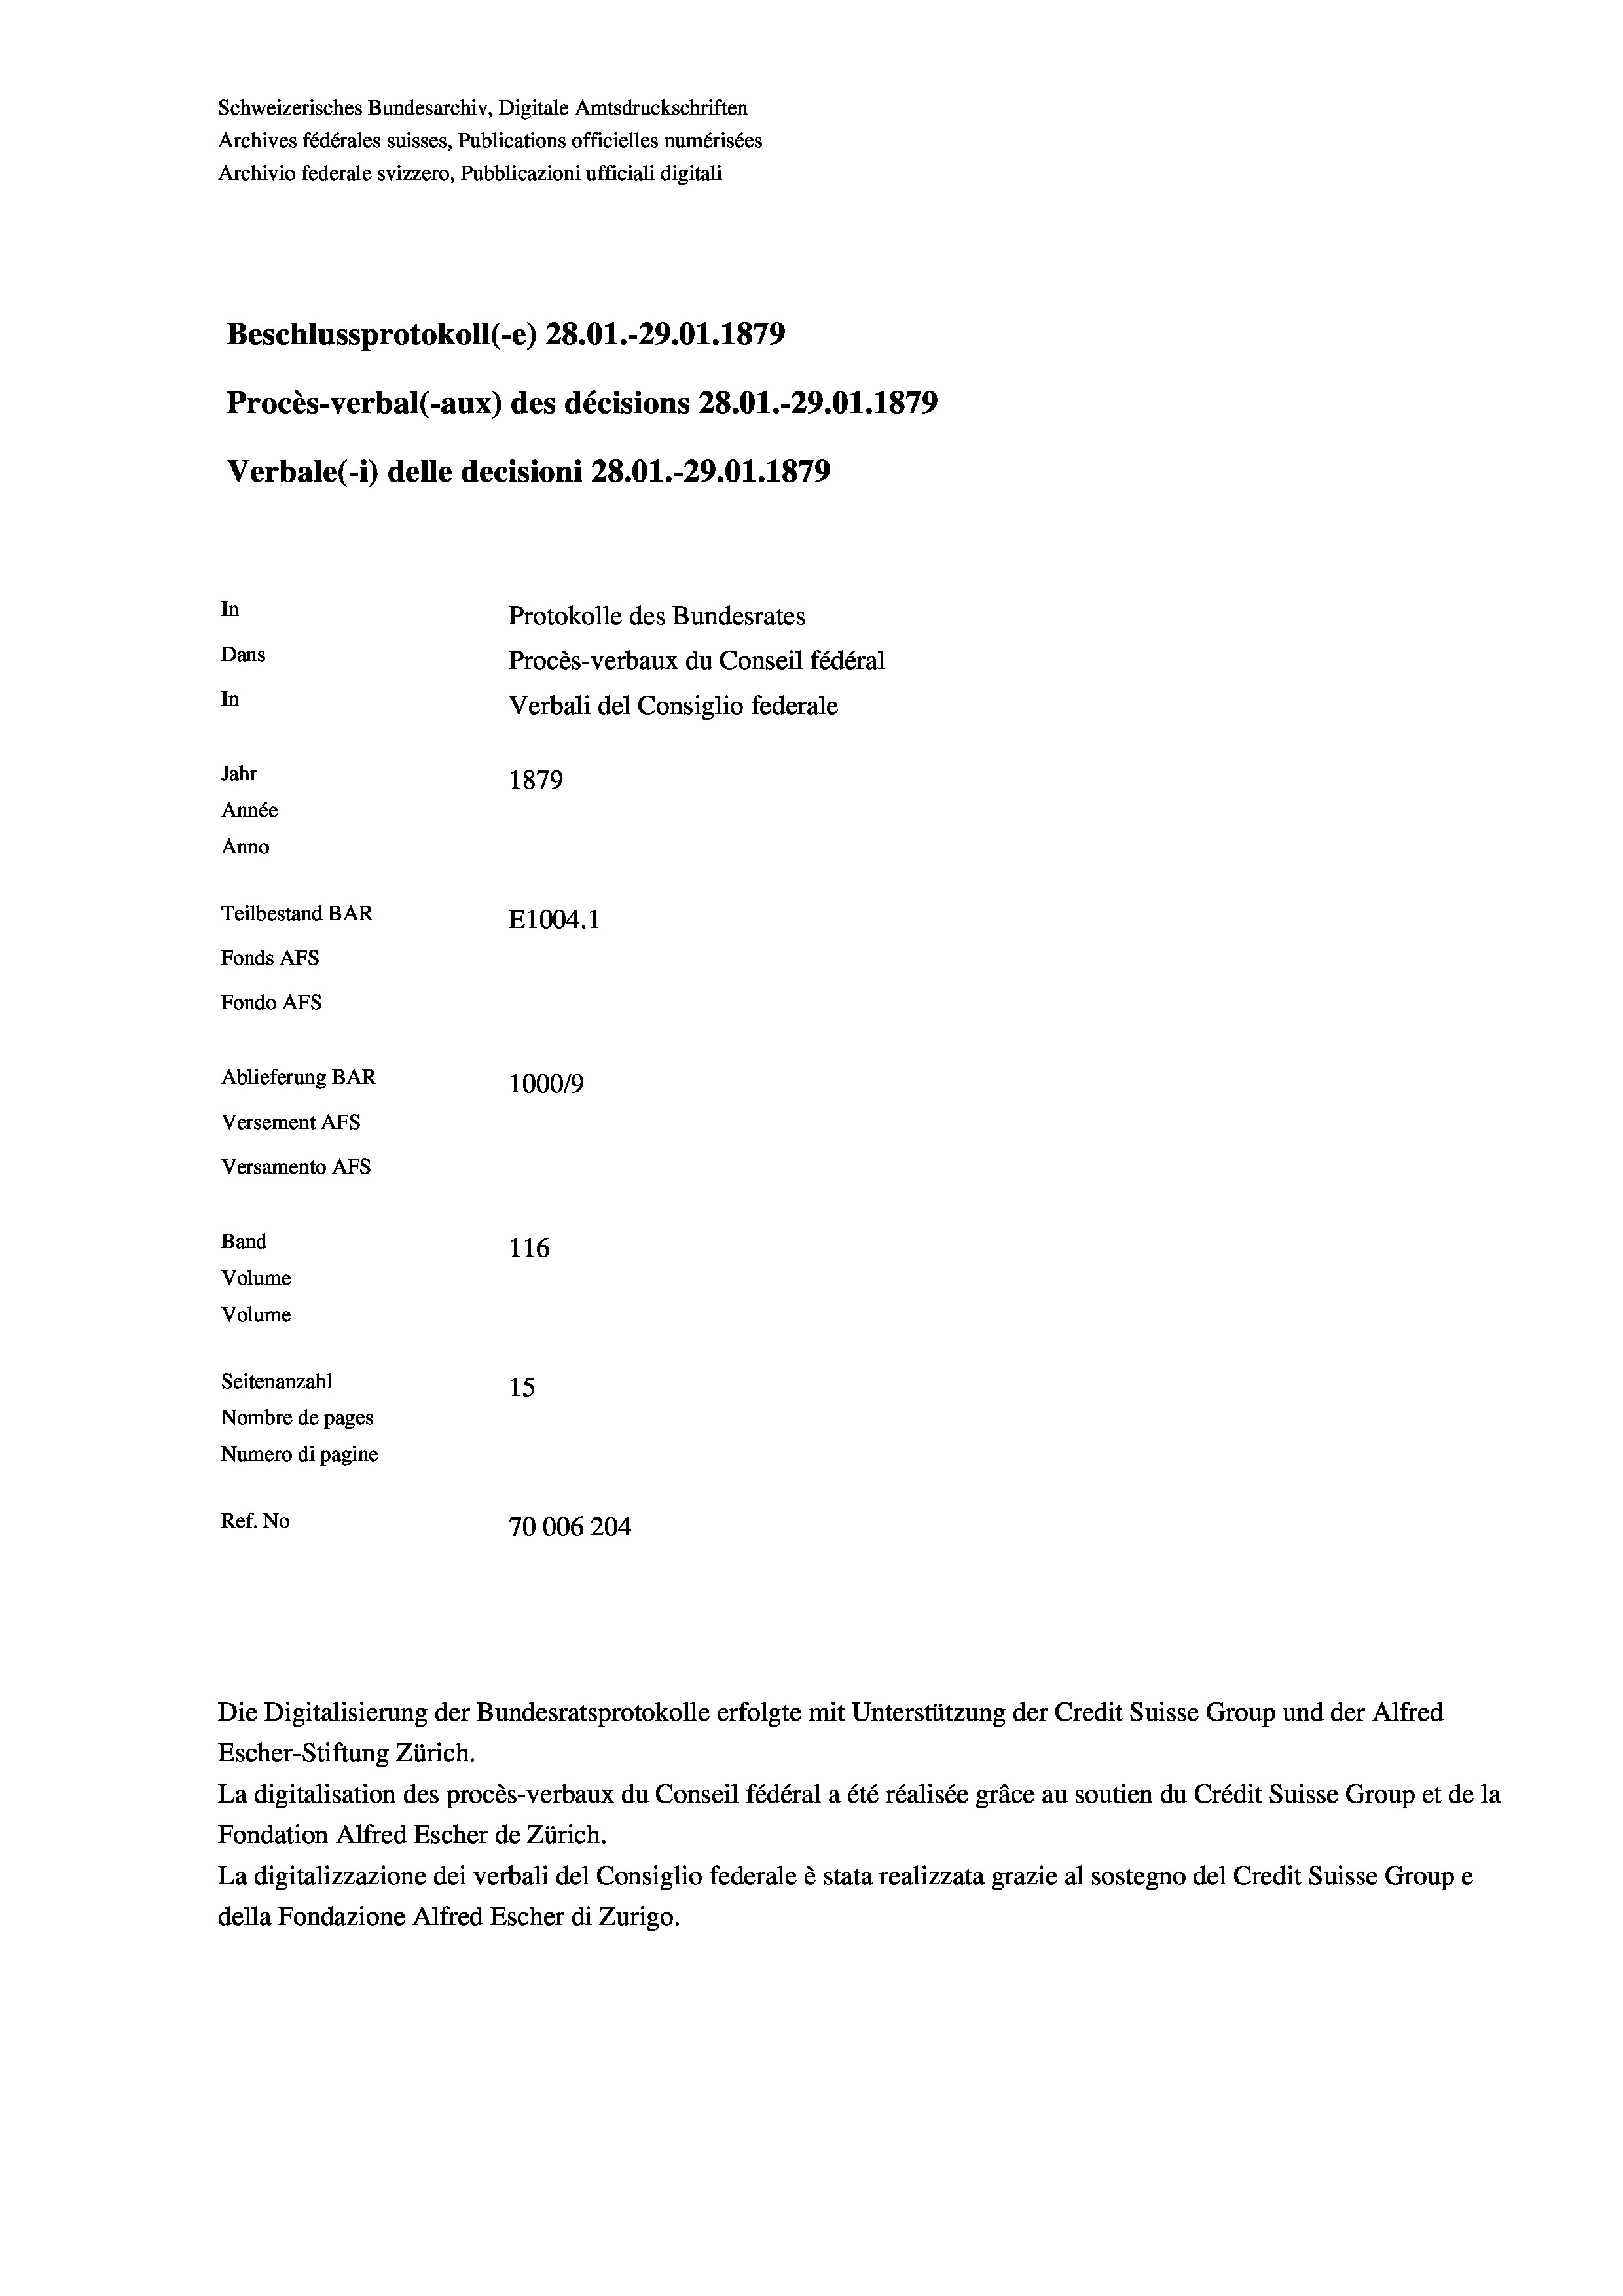
Schweizerisches Bundesarchiv, Digitale Amtsdruckschriften
Archives fédérales suisses, Publications officielles numérisées
Archivio federale svizzero, Pubblicazioni ufficiali digitali
Beschlussprotokoll (e) 28.01.-29.01. 1879
Procès-verbal (-aux) des décisions 28.01.-29.01. 1879
Verbale (1) delle decisioni 28.01.-29.01. 1879
In
Protokolle des Bundesrates
Dans
Procès-verbaux du Conseil fédéral
In
Verbali del Consiglio federale
Jahr
1879
Année
Anno
Teilbestand BAR
E1004. 1
Fonds AFs
Fondo AFs
Ablieferung BAR
100019
Versement AFs
Versamento AFS
Band
116
Volume
Volume

Seitenanzahl
15
Nombre de pages
Numero di pagine
Ref. No
70006204

Die Digitalisierung der Bundesratsprotokolle erfolgte mit Unterstützung der Credit Suisse Group und der Alfred
Escher-Stiftung Zürich.
La digitalisation des procès-verbaux du Conseil fédéral a été réalisée gräce au soutien du Crédit Suisse Group et de la
Fondation Alfred Escher de Zürich.
La digitalizzazione dei verbali del Consiglio federale è stata realizzata grazie al sostegno del Credit Suisse Groupe
della Fondazione Alfred Escher di Zurigo.